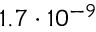
1 . 7 \cdot 1 0 ^ { - 9 }